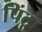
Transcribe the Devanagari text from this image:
पिंटू